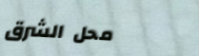
محل الشرق